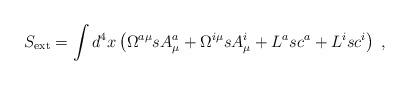
\begin{align*}S_{\mathrm{ext}}=\int d^{4}x\left( \Omega ^{a\mu }sA_{\mu }^{a}+\Omega^{i\mu }sA_{\mu }^{i}+L^{a}sc^{a}+L^{i}sc^{i}\right) \;, \end{align*}